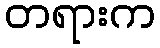
တရားက